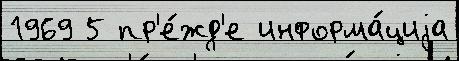
1969 5 пр'е́жд'е информа́циjа